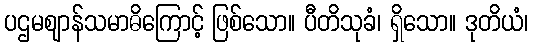
ပဌမဈာန်သမာဓိကြောင့် ဖြစ်သော။ ပီတိသုခံ၊ ရှိသော။ ဒုတိယံ၊